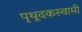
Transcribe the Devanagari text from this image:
पृथूदकस्वामी